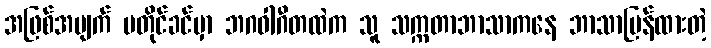
အဖြစ်အပျက် မတိုင်ခင်မှာ ဘဂဝါဂီတထဲက သူ သက္ကတာဘာသာကနေ ဘာသာပြန်ထားတဲ့